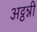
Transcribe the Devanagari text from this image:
अट्ठन्नी